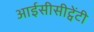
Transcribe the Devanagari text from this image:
आईसीसीट्वेंटी